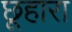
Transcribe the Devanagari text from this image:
छूहारा